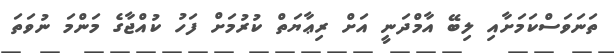
ތަނަވަސްކަމަށާއި ލިބޭ އާމްދަނީ އަށް ރިޢާޔަތް ކުރުމަށް ފަހު ކުއްޖާގެ މަންމަ ނުވަތަ